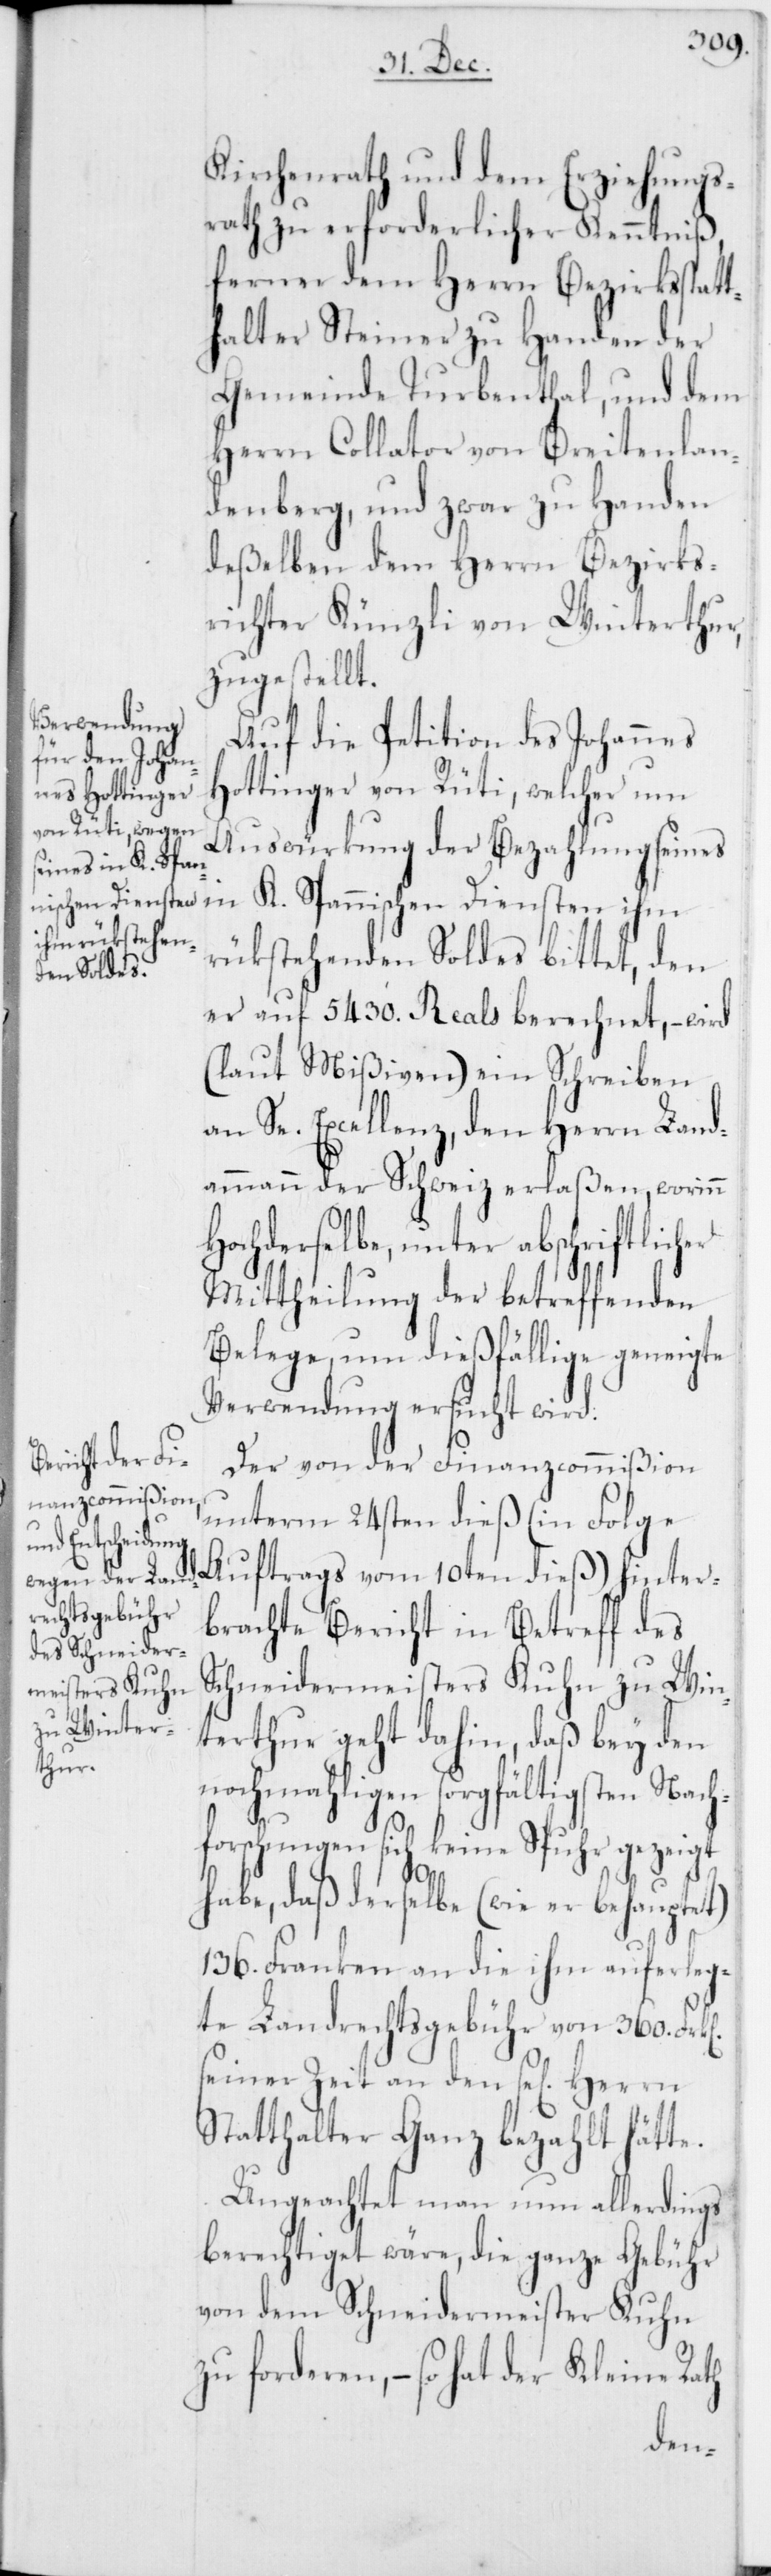
Kirchenrath und dem Erziehungs¬
rath zu erforderlicher Kenntniß,
ferner dem Herrn Bezirksstatt¬
halter Steiner zu Handen der
Gemeinde Turbenthal, und dem
Herrn Collator von Breitenlan¬
denberg, und zwar zu Handen
deßelben dem Herrn Bezirks¬
richter Künzli von Winterthur,
zugestellt.
Auf die Petition des Johannes
Hottinger von Rüti, welcher um
Auswürkung der Bezahlung seines
rükstehenden Soldes bittet, den
er auf 5430. Reals berechnet, – wird
(laut Mißiven) ein Schreiben
an Se. Excellenz, den Herrn Land¬
ammann der Schweiz erlaßen, worinn
Hochderselbe, unter
Mittheilung der betreffenden
Belege, um dießfällige geneigte
Verwendung ersucht wird.
Der von der Finanzcommißion
unterm 24sten dieß (in Folge
Auftrags vom 10ten dieß) hinter¬
brachte Bericht in Betreff des
Schneidermeisters Kuhn zu Win¬
terthur geht dahin, daß bey den
nochmahligen sorgfältigsten Nach¬
forschungen sich keine Spuhr gezeigt
habe, daß derselbe (wie er behauptet)
136. Franken an die ihm auferleg¬
te Landrechtsgebühr von 360.
seiner Zeit an den se[ligen]
Statthalter Ganz bezahlt hätte.
Ungeachtet man nun allerdings
berechtiget wäre, die ganze Gebühr
von dem Schneidermeister Kuhn
zu forderen, – so hat der Kleine Rath